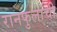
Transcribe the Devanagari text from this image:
रानफुलांची